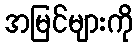
အမြင်များကို